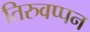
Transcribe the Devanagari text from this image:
तिरुवप्पन